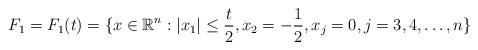
LaTeX: \begin{align*}F_1 = F_1(t) = \{x \in \mathbb R^n: |x_1| \le \frac{t}{2},x_2 = -\frac{1}{2}, x_j = 0, j = 3,4,\dots,n\}\end{align*}